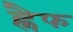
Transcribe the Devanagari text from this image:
ह्नैफ